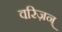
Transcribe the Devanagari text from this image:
वरिज़न्